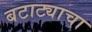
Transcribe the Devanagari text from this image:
बटाट्याचा